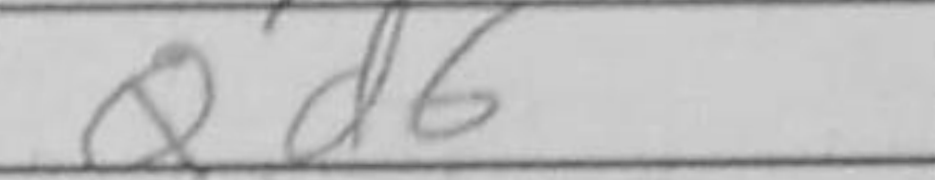
Transcription: Qd6